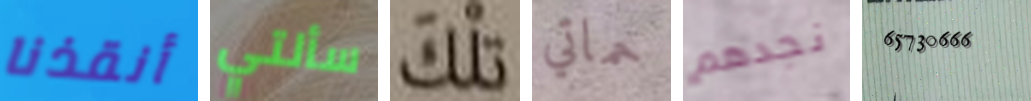
أنقذنا سألتي تلك حماتي نجدهم 65730666